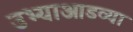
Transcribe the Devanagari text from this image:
उभ्याआडव्या